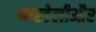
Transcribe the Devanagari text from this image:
नारडेलीऔर